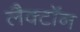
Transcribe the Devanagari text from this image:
लैक्टॉन